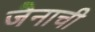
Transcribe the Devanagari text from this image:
जैनाची